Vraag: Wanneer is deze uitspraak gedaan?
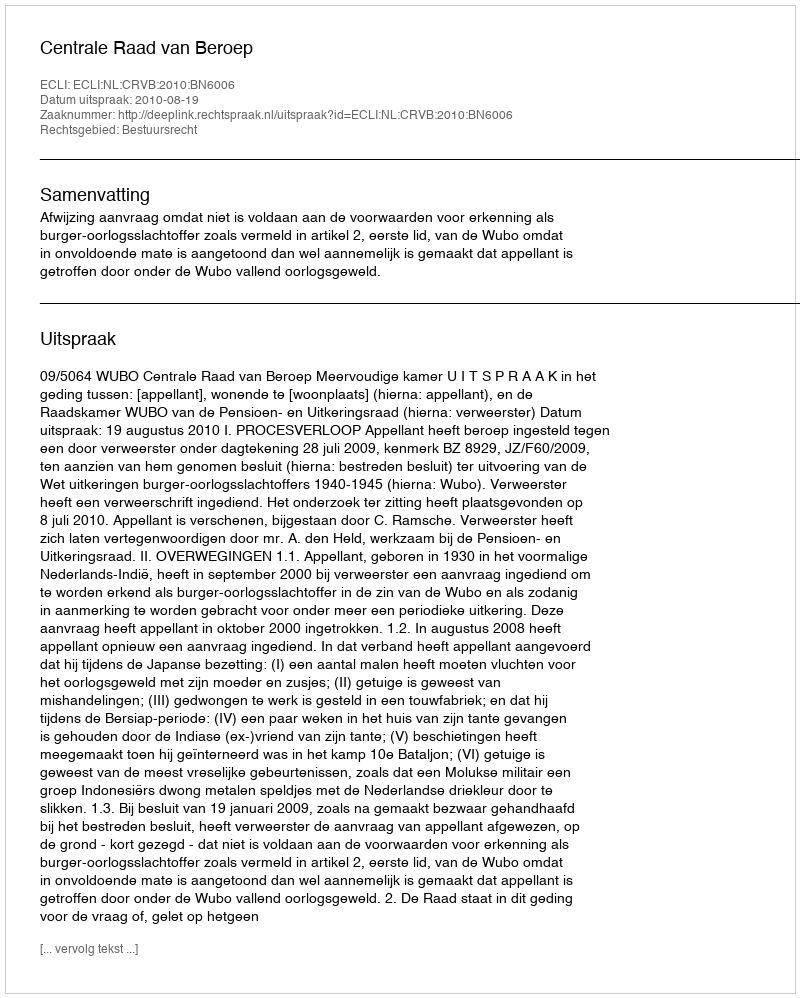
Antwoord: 2010-08-19